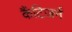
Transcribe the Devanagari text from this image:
कैंटिजर्न